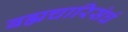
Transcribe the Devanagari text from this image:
बह्मचारिसंघं